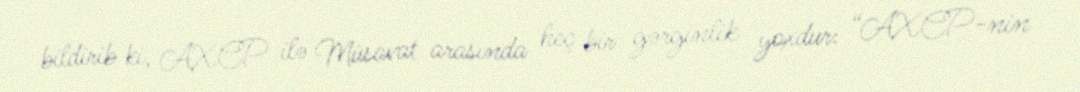
bildirib ki, AXCP ilə Müsavat arasında heç bir gərginlik yoxdur: “AXCP-nin